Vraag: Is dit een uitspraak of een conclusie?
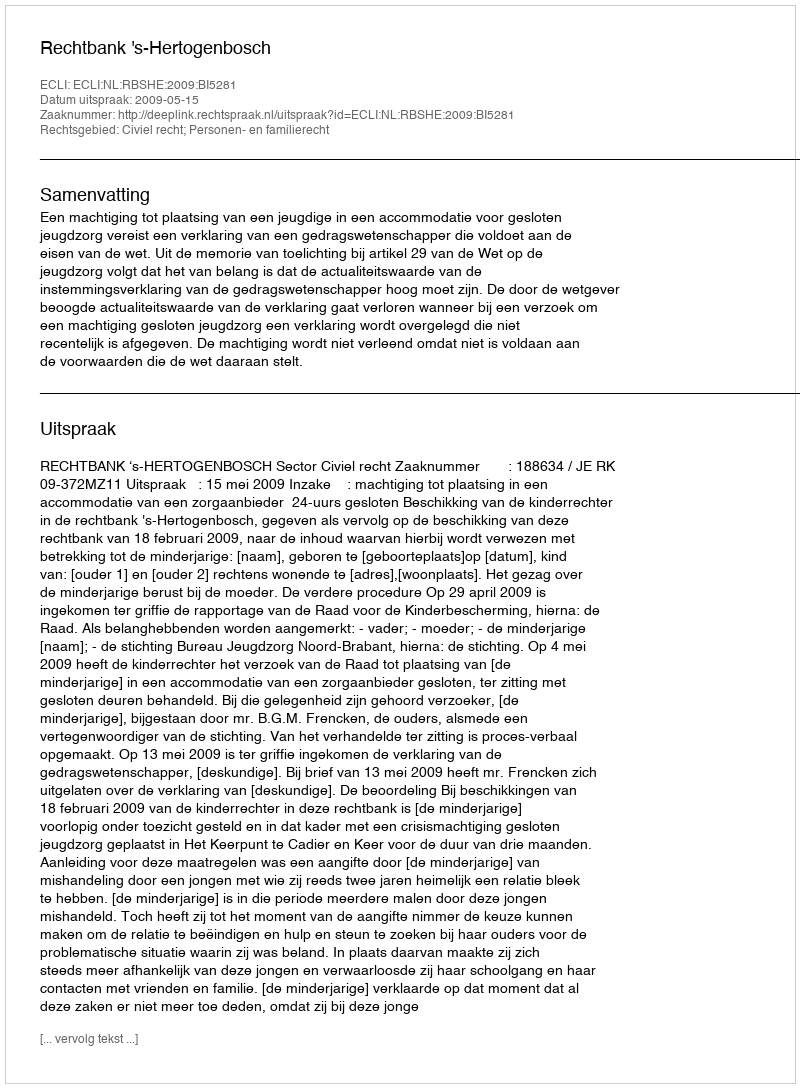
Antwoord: Uitspraak